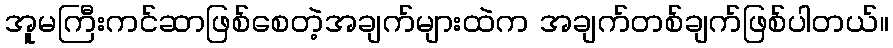
အူမကြီးကင်ဆာဖြစ်စေတဲ့အချက်များထဲက အချက်တစ်ချက်ဖြစ်ပါတယ်။